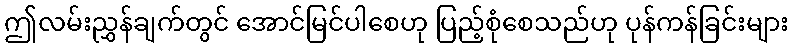
ဤလမ်းညွှန်ချက်တွင် အောင်မြင်ပါစေဟု ပြည့်စုံစေသည်ဟု ပုန်ကန်ခြင်းများ